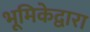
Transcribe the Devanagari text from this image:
भूमिकेद्वारा